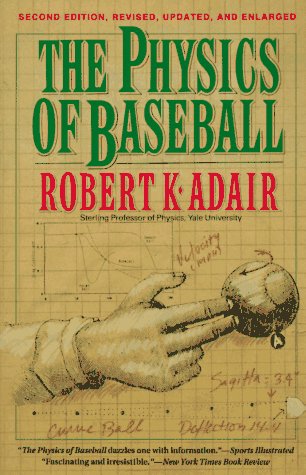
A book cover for Physics of Baseball, The; Robert K. Adair; Sports & Outdoors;